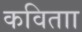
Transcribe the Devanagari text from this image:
कविताा